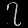
Digit: ၇